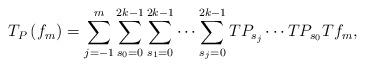
LaTeX: \begin{align*}T_{P}\left( f_{m}\right)=\sum_{j=-1}^{m}\sum_{s_{0}=0}^{2k-1}\sum_{s_{1}=0}^{2k-1}\dots\sum_{s_{j}=0}^{2k-1}TP_{s_{j}}\cdots TP_{s_{0}}Tf_{m}, \end{align*}